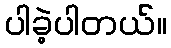
ပါခဲ့ပါတယ်။